Annual statistical returns and brief notes on vaccination in Bengal - 1896-1909
Year: 1896
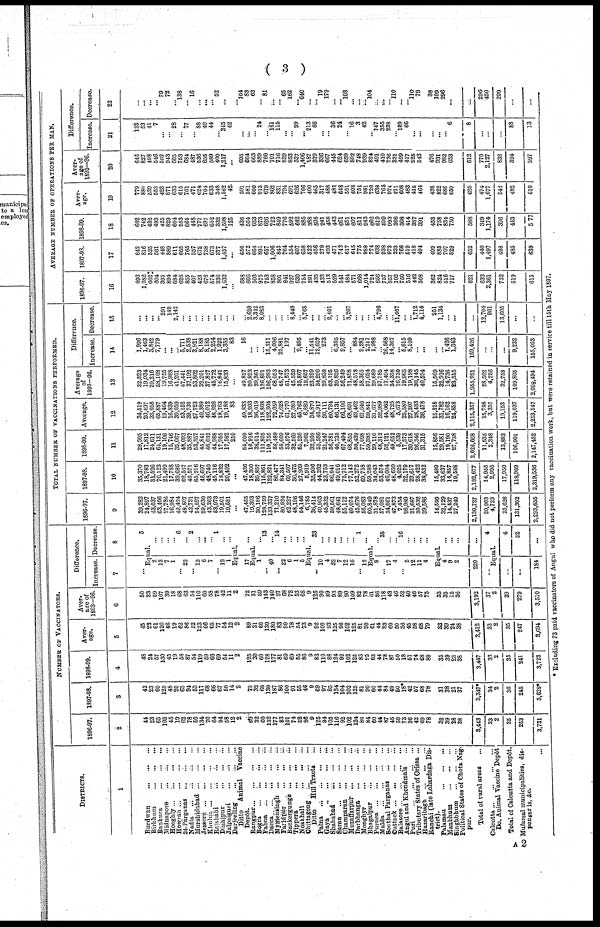
( 3 )
DISTRICTS.
1
Burdwan
...
... ...
Birbhum
...
...
...
Bankura
...
...
...
Midnapore ... ... ...
Hooghly ... ... ... ...
Howrah ... ... ... ...
24-Parganas
...
...
...
Nadia ... ... ...
Murshidabad ... ... ...
Jessore ... ... ... ...
Khulna
...
...
...
...
Rajalahi ... ... ...
Dinajpur ... ... ...
Jalpaiguri
...
...
...
Darjeeling
...
...
...
Ditto Animal Vaccine
Depôt.
Rangpur ... ... ... ...
Bogra ... ... ... ...
Pabna ... ... ... ...
Dacca
...
...
...
...
Mymensing ... ... ...
Faridpur ... ... ...
Backergunge ... ...
Tippera ... ... ...
Noakhali ... ... ...
Chittagong ... ... ...
Ditto
Hill Tracts ...
Patna
...
...
...
...
Gaya
...
...
...
...
Shahabad
...
...
...
Saran
...
...
...
...
Champaran ... ... ...
Muzaffarpur ... ... ...
Darbhanga
...
...
...
Monghyr ... ... ...
Bhagalpur ... ... ...
Purnea
...
...
...
...
Malda
...
...
...
...
Sonthal Parganas ... ...
Cuttack ...
... ... ...
Balasore
...
...
...
Angul and Khondmals ...
Puri
...
...
...
Tributary States of Orissa ...
Hazaribagh
...
...
...
Ranchi (late Lohardaga Dis-
trict).
Palamau
...
...
...
Manbhum
...
...
...
Singhbhum
...
...
Political States of Chota Nag-
pur.
Total of rural areas ...
Calcutta ... ... ... ...
Do. Animal Vaccine Depôt
Total of Calcutta and Depôt.
Mufassal municipalities, dis-
pengaris, &c.
...
NUMBER OF VACCINATORS.
1896-97.
2
44
23
65
105
45
19
62
78
50
134
70
64
94
58
12
2
69
32
60
132
177
83
101
74
52
86
9
125
94
105
116
92
102
124
80
84
60
44
87
45
50
73
36
42
69
78
32
39
28
38
3,443
33
2
35
253
3,731
1897-98.
3
42
23
60
125
48
20
63
94
53
117
68
66
67
50
14
2
73
32
60
130
187
86
100
91
55
46
9
69
97
85
134
104
102
125
81
90
60 44
84
49
50
18*
42
57
68
78
31
38
21
37
3,347*
34
2
36
245
3,628*
1898-99.
4
48
24
57
130
45
19
58
87
54
119
59
66
69
54
11
2
125
30
60
128
177
81
69
69
55
86
9
83
110
88
124
92
102
125
83
15 63
44
78
87
50
18
57
74
68
80
35
39
23
38
3,447
33
2
35
241
3,723
Aver-
age.
5
45
23
61
120
46
19
62
86
52
123
66
65
77
54
12
2
89
31
60
130
180
83
90
78
54
73
9
92
100
93
125
96
102
125
81
90
61
44
83
60
50
38
45
58
68
79
33
39
24
38
3,412
33
2
35
247
3,594
Aver-
age of
1893-96.
6
50
23
59
107
39
18
68
63
54
110
60
58
78
42
11
2
72
31
59
143
140
97
68
72
53
68
9
125
90
89
93
89
90
109
82
78
61
36
118
43
46
52
40
46
57
75
33
35
15
36
3,192
37
2
39
279
3,510
Difference.
Increase.
7
...
Decrease.
8
5
Equal.
2
13
7
1
... 23
... 13
6
7
... 12
1
...
...
...
... 6
... 2
...
...
...
1
...
...
Equal.
17
...
Equal.
1
... 40
... 22
6
1
5
... 13
... 14
...
...
...
...
Equal.
33
10
4
32
7
12
16
... 12
...
...
...
...
...
... 1
...
Equal.
8
... 17
4
...
5
12
11
4
...
35
...
...
16
...
...
...
...
Equal.
4
9
2
220
...
...
...
...
...
4
Equal.
...
...
184
4
32
...
TOTAL NUMBER OF VACCINATIONS PERFORMED.
1896-97.
9
39,282
24,897
43,037
63,406
17,786
16,984
42,424
48,807
42,731
54,597
29,630
43,263
53,973
19,501
19,581
...
47,455
19,393
30,186
128,759
133,337
71,210
80,934
62,227
48,196
54,146
6,785
36,414
40,903
45,332
59,661
48,641
55,112
60,074
45,676
56,083
60,849
31,878
57,081
34,061
47,873
7,454
26,989
21,687
30,632
39,586
14,599
32,129
14,437
27,249
2,136,727
20,903
4,723
25,626
131,302
2,293,655
1897-98.
10
35,370
18,783
31,526
70,123
21,499
17,788
39,686
62,557
40,571
65,216
45,697
48,740
45,116
18,832
20,402
...
47,436
18,300
39,857
115,861
122,821
86,477
84,341
69,507
30,475
27,909
5,919
35,996
44,262
23,753
66,041
49,016
75,712
77,143
52,272
69,758
59,288
34,043
53,574
46,004
48,650
4,025
32,179
29,617
28,422
38,532
15,499
33,637
14,857
19,688
2,182,677
14,955
2,995
17,950
118,909
2,319,536
1898-99.
11
28,905
17,812
24,611
64,131
19,106
15,746
35,067
48,093
35,887
53,357
45,841
46,032
44,988
17,955
17,582
250
64,609
16,916
38,014
111,805
110,755
58,489
58,609
53,576
32,569
55,230
7,962
32,200
55,586
21,247
56,781
40,735
67,494
68,855
50,439
77,098
59,385
29,110
48,312
52,121
49,652
5,539
17,573
30,618
26,346
31,315
15,856
29,581
19,190
27,738
2,026,668
11,535
2,348
13,883
106,901
2,147,452
Average.
12
34,519
20,497
33,058
65,887
19,464
16,839
39,059
53,152
39,730
57,723
40,389
46,012
48,026
18,763
19,188
83
49,833
18,203
36,019
118,808
122,304
72,059
74,628
61,170
37,080
45,762
6,889
84,870
46,917
30,111
60,794
46,131
66,106
68,691
49,462
67,646
59,841
31,677
52,989
44,062
48,725
5,673
25,580
27,307
28,433
36,478
15,318
31,782
16,162
24,858
2,115,357
15,798
3,355
19,153
119,037
2,253,547
Average
of
1893-96.
13
32,523
19,034
29,216
58,108
19,755
16,988
41,201
47,441
37,192
53,802
32,201
37,827
45,772
16,841
15,833
...
49,817
20,823
39,361
126,891
106,993
68,053
48,747
61,573
45,529
35,867
12,657
23,329
34,290
29,838
63,195
39,826
56,249
71,898
48,578
58,365
57,624
29,689
57,785
17,494
34,358
16,730
19,965
19,198
30,145
40,594
16,569
32,916
14,736
23,515
1,955,931
28,502
4,256
32,758
109,805
2,098,494
Difference.
Increase.
14
1,996
1,463
3,842
7,779
...
...
...
5,711 2,538
3,921
8,188
8,185
2,254
1,922
3,355
83
16
...
...
...
15,311
4,006
25,881
197
... 9,895
...
11,541
12,627
273
...
6,305
9,857
... 884
9,281
2,217
1,988
...
26,568
14,367
... 6,615
8,109
...
...
...
... 1,426
1,343
159,426
...
...
...
9,232
155,053
Decrease.
15
...
...
...
... 291
149
2,142
...
...
...
...
...
...
...
...
...
...
2,620
3,342
8,083
...
...
... 8,449
... 5,768
...
...
... 2,401
...
...
3,207
...
...
... ... 4,796
...
...
11,057
...
... 1,712
4,116
251
1,134
...
...
...
12,704
901
13,605
...
...
AVERAGE NUMBER OF OPERATIONS PER MAN.
1896-97.
16
893
1,082
662
604
395
894
684
626
855
407
423
676
574
836
1,632
...
688
606
503
975
753
858
801
841
927
630
754
291
435
432
513
529
541
484
571
668
1,014
724
656
757
957
102
750
516
442
508
362
824
516
717
621
633
2,361
732
519
615
1897-93.
17
842
816
525
561
448
889
611
665
765
557
672
738
673
377
1,457
...
650
572
664
891
657
1,006
843
764
554
607
658
622
456
279
493
471
742
617
645
775
988
774
638
938
973
223
766
519
418
494
499
885
707
529
652
440
1,497
498
485
639
1898-99.
18
602
742
432
493
425
829
604
553
664
448
777
697
652
332
1,598
125
436
564
633
873
626
722
849
776
592
642
885
388
505
241
458
443
661
551
607
811
943
662
619
599
993
308
308
414
387
391
453
758
834
730
588
349
1,174
396
443
577
Aver-
age.
19
779
880
539
553
423
871
633
615
761
471
624
704
633
348
1,562
42
591
581
600
913
679
862
831
794
691
626
766
400
465
317
488
481
648
551
608
751
981
720
638
765
974
211
608
483
415
464
438
822
686
659
620
474
1,677
542
482
610
Aver-
age of
1893—96.
20
646
827
498
546
502
943
605
753
684
487
536
655
589
400
1,217
...
695
664
663
889
760
701
716
859
853
627
1,406
187
379
336
667
445
624
659
592
748
939
824
491
410
736
321
499
417
525
543
476
931
982
653
612
770
2,127
832
394
597
Difference.
Increase.
21
133
53
41
7
...
...
28
...
77
...
88
49
44
...
345
42
...
...
... 24
...
161
115
...
...
99
... 213
86
...
... 36
24
... 16
3
42
... 147
355
238
... 109
66
...
...
...
...
... 6
8
...
...
...
88
13
Decrease.
22
...
...
...
...
79
72
...
138
...
16
...
...
... 52
...
...
104
83
63
...
81
...
...
65
162
...
640
...
...
19
179
...
... 108
...
...
... 104
...
...
... 110
...
... 110
79
38
109
296
...
...
206
450
290
...
...
* Excluding 73 paid vaccinators of Angul who did not perform any vaccination work, but were retained in service till 15th May 1897.
A 2